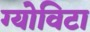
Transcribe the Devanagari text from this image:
ग्योविटा